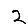
Digit: 2